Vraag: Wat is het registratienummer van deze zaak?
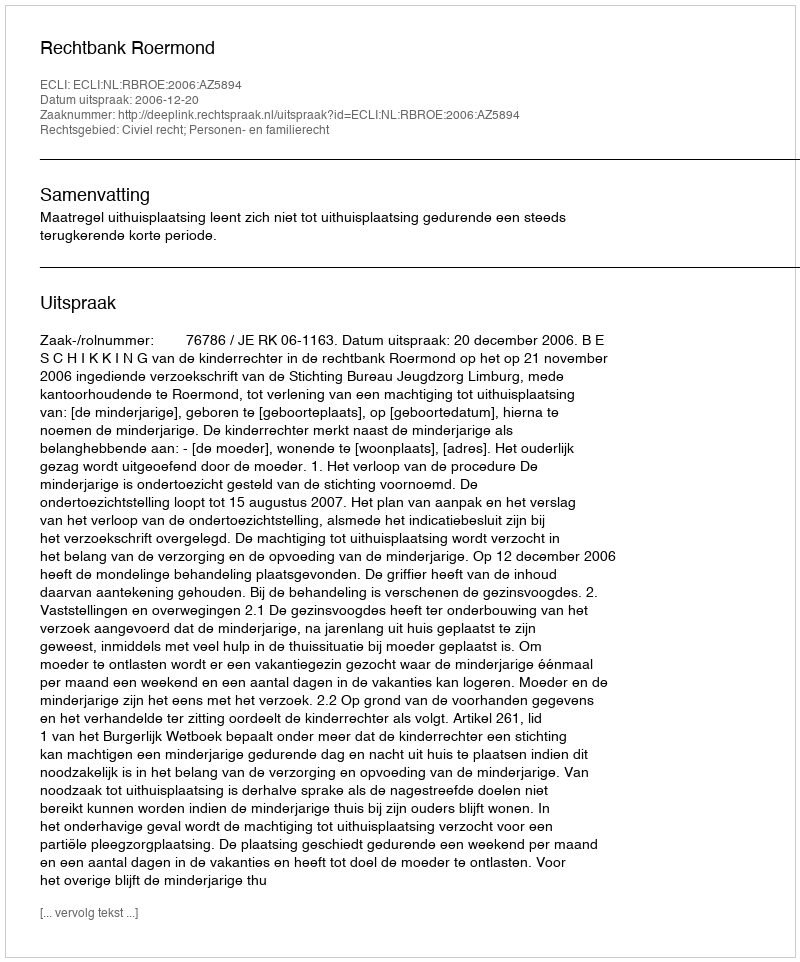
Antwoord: http://deeplink.rechtspraak.nl/uitspraak?id=ECLI:NL:RBROE:2006:AZ5894